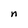
Character: n